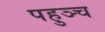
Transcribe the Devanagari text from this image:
पहुञ्च